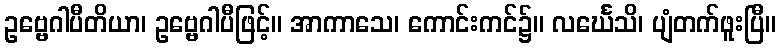
ဥဗ္ဗေဂါပီတိယာ၊ ဥဗ္ဗေဂါပီဖြင့်။ အာကာသေ၊ ကောင်းကင်၌။ လင်္ဃေသိ၊ ပျံတက်ဖူးပြီ။